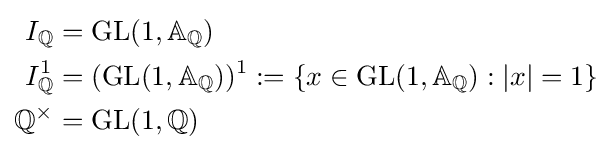
{\begin{aligned}I_{\mathbb {Q} }&=\operatorname {GL} (1,\mathbb {A} _{\mathbb {Q} })\\I_{\mathbb {Q} }^{1}&=(\operatorname {GL} (1,\mathbb {A} _{\mathbb {Q} }))^{1}:=\{x\in \operatorname {GL} (1,\mathbb {A} _{\mathbb {Q} }):|x|=1\}\\\mathbb {Q} ^{\times }&=\operatorname {GL} (1,\mathbb {Q} )\end{aligned}}